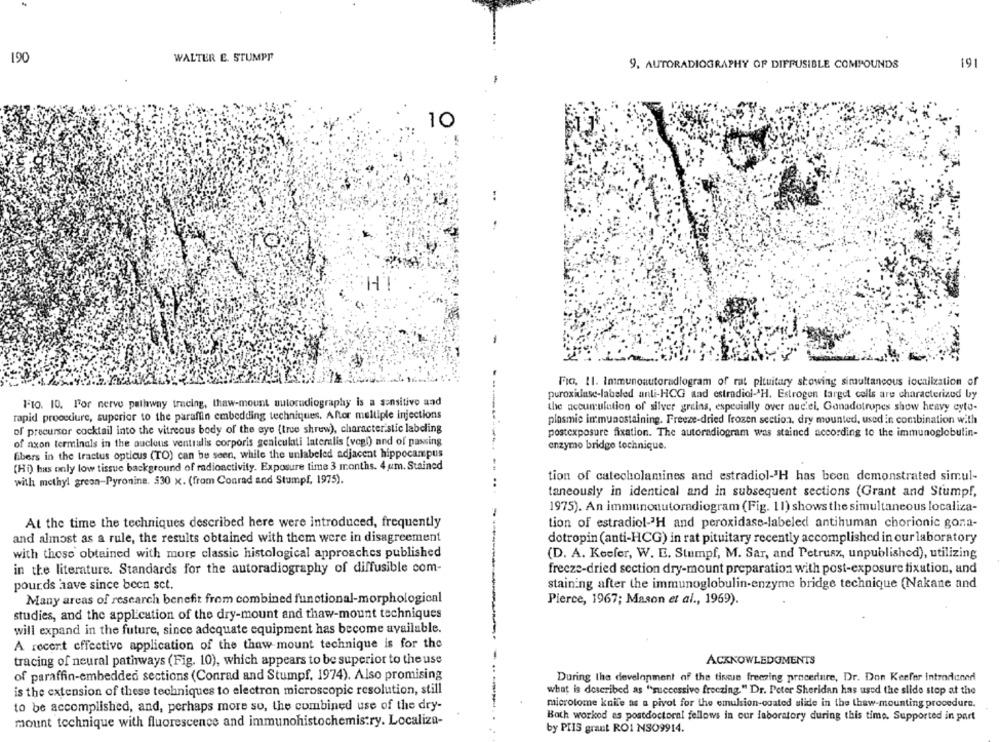
190
WALTER E. STUMPF
9. AUTORADIOGRAPHY OF DIFFUSIBLE COMPOUNDS
191
10
H
-
Fio. 11. Inmunoautoradiogram of rat pituitary showing simultaneous localization of
peroxidase-labeled anti-HCG aad estradiol-'H. Estrogen target cells are characterized by
----
FF10. 10. For nerve pathway tracing, thaw-mount autoradiography is a sensitive and
the accumulation of silver grains, especially over nuc'el, Ganadotropes show heavy cyto-
rapid prooccure, superior to the paraffin embedding techniques. After multiple injections
plasmic immunostaining. Freeze-dried frozen section, dry mounted, used in combination with
of precursor cocktail into the vitreous body of the eye (tree shrew), characteristic labeling
postexposure fixation. The autoradiogram was stained according to the immunoglobulin-
of axon terminals in the nucleus ventralis corporis geniculati lateralis [vegl) and of passing
enzymo bridge technique.
fibers in the tractus opticus (TO) can be seen, while the unlabeled adjacent hippocampus
(Hi) has only low tissue background of radioactivity. Exposure time 3 months. 4 um. Stained
with methyl green-Pyronine. 530 x. (from Conrad and Stumpf, 1975).
tion of catecholamines and estradiol-'H has been demonstrated simul-
taneously in identical and in subsequent sections (Grant and Stumpf,
1975). An immunonutoradiogram (Fig. 11) shows the simultaneous localiza-
At the time the techniques described here were introduced, frequently
tion of estradiol-'H and peroxidase-labeled antihuman chorionic gona-
and almost as a rule, the results obtained with them were in disagreement
dotropin (anti-HCG) in rat pituitary recently accomplished in our laboratory
with these obtained with more classic histological approaches published
(D. A. Koefer, W. E. Stumpf, M. Sar, and Petrusz, unpublished), utilizing
in the literature. Standards for the autoradiography of diffusible com-
freeze-dried section dry-mount preparation with post-exposure fixation, and
pourds have since been set.
staining after the immunoglobulin-enzyme bridge technique (Nakane and
Many areas of research benefit from combined functional-morphological
Pierce, 1967; Mason et al ., 1969).
studies, and the application of the dry-mount and thaw-mount techniques
will expand in the future, since adequate equipment has become available.
A recent effective application of the thaw mount technique is for the
tracing of neural pathways (Fig. 10), which appears to be superior to the use
ACKNOWLEDGMENTS
of paraffin-embedded sections (Conrad and Stumpf, 1974). Also promising
During the development of the tissue freezing procedure, Dr. Don Keefer introdunad
is the extension of these techniques to electron microscopic resolution, still
what is described as "successive freezing." Dr. Peter Sheridan has used the slide stop at the
microtome knife as a pivot for the emulsion-coated slide in the thaw-mounting procedure.
to be accomplished, and, perhaps more so, the combined use of the dry-
Bath worked as postdoctoral fellows in our laboratory during this time. Supported in part
mount technique with fluorescence and immunohistochemistry. Localiza-
by PIIS grant ROI NSO9914.